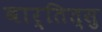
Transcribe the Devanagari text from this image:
बार्तित्सु